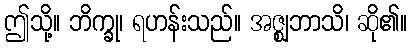
ဤသို့။ ဘိက္ခု၊ ရဟန်းသည်။ အဇ္ဈဘာသိ၊ ဆို၏။